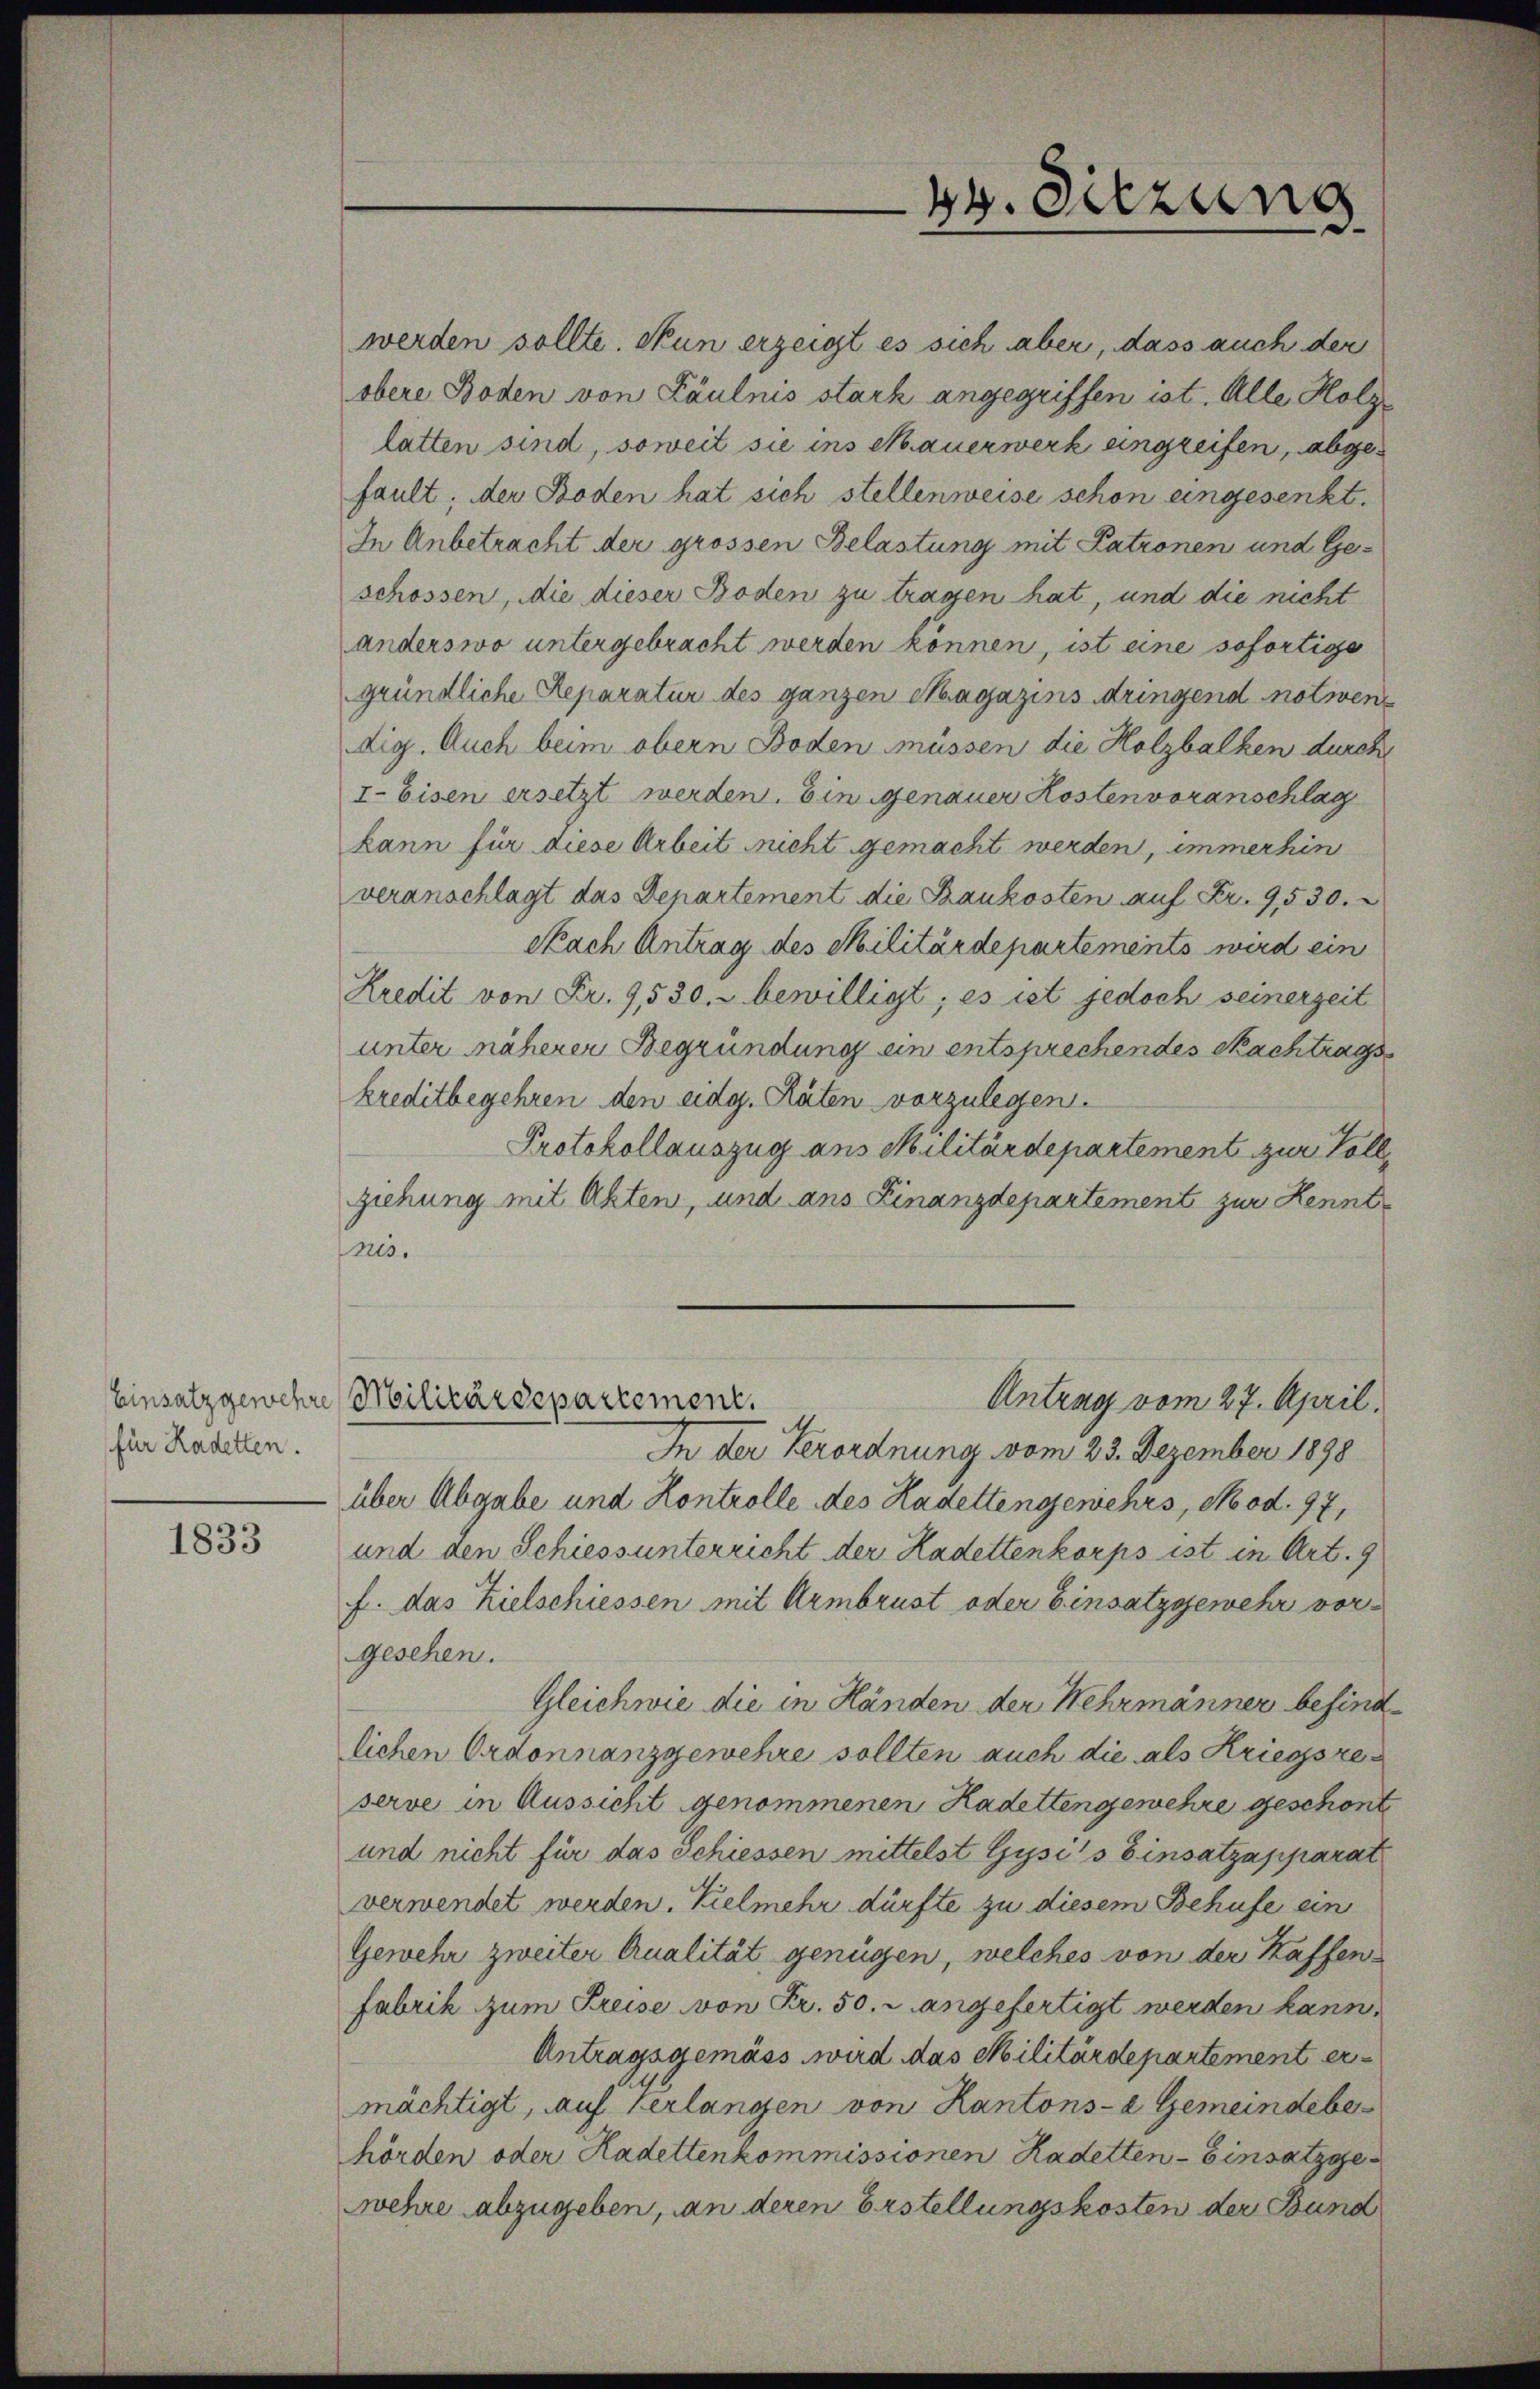
für Kadetten.

1833

werden sollte. Nun erzeigt es sich aber, dass auch der
obere Boden von Fäulnis stark angegriffen ist. Alle Holz
latten sind, soweit sie ins Mauerwerk eingreifen, abgefault; der Boden hat sich stellenweise schon eingesenkt.
In Anbetracht der grossen Belastung mit Patronen und Geschossen, die dieser Boden zu tragen hat, und die nicht
anderswo untergebracht werden können, ist eine sofortige
gründliche Reparatur des ganzen Magazins dringend notwen
dig. Auch beim obern Boden müssen die Holzbalken durch
I. Eisen ersetzt werden. Ein genauer Kostenvoranschlag
kann für diese Arbeit nicht gemacht werden, immerhin
veranschlägt das Departement die Baukosten auf Fr. 9530.
Nach Antrag des Militärdepartements wird ein
Kredit von Fr. 9530. bewilligt; es ist jedoch seinerzeit
unter näherer Begründung ein entsprechendes Nachtrags
kreditbegehren den eidg. Räten vorzulegen.
Protokollauszug aus Militärdepartement zur Vollziehung mit Akten, und ans Finanzdepartement zur Kenntnis.
Einsatz gewehre Militärdepartement.
Antrag vom 27. April.
In der Verordnung vom 23. Dezember 1898
über Abgabe und Kontrolle des Kadettengewehrs, No od. 97,
und den Schiessunterricht der Kadettenkorps ist in Art. 9
f. das Zielschiessen mit Armbrust oder Einsatzgewehr vor-
gesehen.
Gleichwie die in Händen der Wehrmänner befindlichen Ordonnanzgewehre sollten auch die als Kriegsze
serve in Aussicht genommenen Kadettengewehre geschont
und nicht für das Schiessen mittelst Gysi's Einsatzapparat
verwendet werden. Vielmehr dürfte zu diesem Behufe ein
Gewehr zweiter Qualität genügen, welches von der Kaffenfabrik zum Preise von Fr. 50. r angefertigt werden kann,
Antragsgemäss wird das Militärdepartement ermächtigt, auf Verlangen von Kantons- & Gemeindeber
hörden oder Hadettenkommissionen Kadetten - Einsatzge
wehre abzugeben, an deren Erstellungskosten der Bund

44. Sitzung